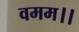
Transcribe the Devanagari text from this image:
वमम।।